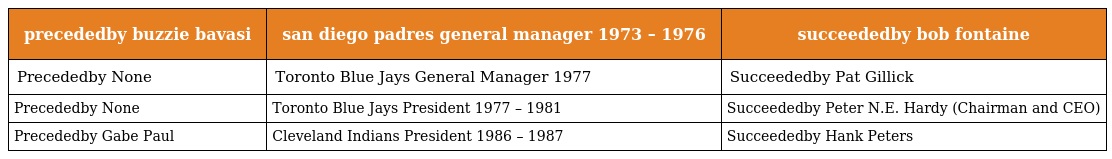
| precededby buzzie bavasi | san diego padres general manager 1973 – 1976 | succeededby bob fontaine |
 | --- | --- | --- |
 | Precededby None | Toronto Blue Jays General Manager 1977 | Succeededby Pat Gillick |
 | Precededby None | Toronto Blue Jays President 1977 – 1981 | Succeededby Peter N.E. Hardy (Chairman and CEO) |
 | Precededby Gabe Paul | Cleveland Indians President 1986 – 1987 | Succeededby Hank Peters |